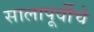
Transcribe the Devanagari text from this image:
सालापूर्वीचे